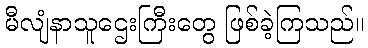
မီလျံနာသူဌေးကြီးတွေ ဖြစ်ခဲ့ကြသည်။